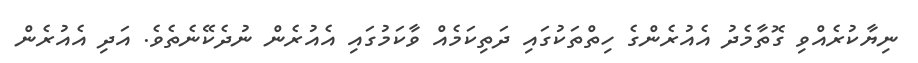
ނިޔާކުރެއްވި ގޮތާމެދު އެއުރެންގެ ހިތްތަކުގައި ދަތިކަމެއް ވާކަމުގައި އެއުރެން ނުދެކޭނެތެވެ. އަދި އެއުރެން